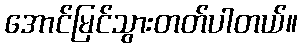
အောင်မြင်သွားတတ်ပါတယ်။